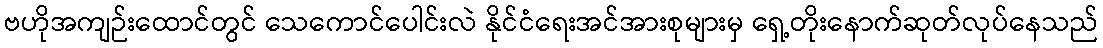
ဗဟိုအကျဉ်းထောင်တွင် သေကောင်ပေါင်းလဲ နိုင်ငံရေးအင်အားစုများမှ ရှေ့တိုးနောက်ဆုတ်လုပ်နေသည်